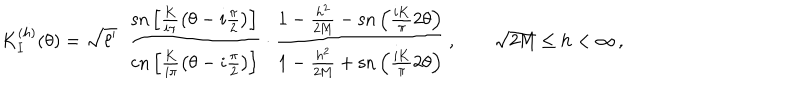
LaTeX: K _ { I } ^ { ( h ) } ( \theta ) = \sqrt { \ell ^ { \prime } } \; \; \frac { \textrm { s n } \left[ \frac { \textbf { K } } { i \pi } \left( \theta - i \frac { \pi } { 2 } \right) \right] } { \textrm { c n } \left[ \frac { \textbf { K } } { i \pi } \left( \theta - i \frac { \pi } { 2 } \right) \right] } \cdot \frac { 1 - \frac { h ^ { 2 } } { 2 \textrm { M } } - \textrm { s n } \left( \frac { i \textbf { K } } { \pi } 2 \theta \right) } { 1 - \frac { h ^ { 2 } } { 2 \textrm { M } } + \textrm { s n } \left( \frac { i \textbf { K } } { \pi } 2 \theta \right) } \, , \qquad \sqrt { 2 \textrm { M } } \leq h < \infty \, ,